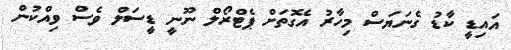
އައިޑީ ކާޑު ގެނަޔަސް މިހާރު އެގޮތަށް ޕެޓްރޯލް ނޫނީ ޑީސަލް ވެސް ވިއްކުން